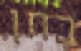
בחן